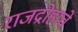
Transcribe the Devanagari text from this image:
राजद्रोहाचे